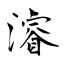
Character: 濬